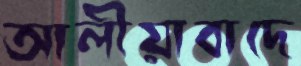
আলীয়াবাদে